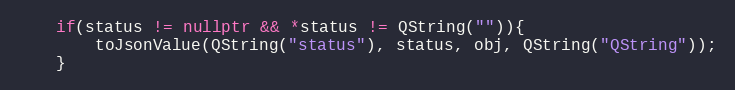
Language: C++
    if(status != nullptr && *status != QString("")){
        toJsonValue(QString("status"), status, obj, QString("QString"));
    }